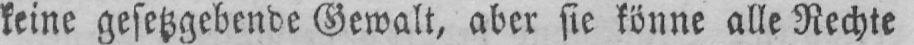
keine gesetzgebende Gewalt, aber sie könne alle Rechte